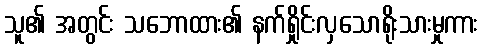
သူ၏ အတွင်း သဘောထား၏ နက်ရှိုင်းလှသောရိုးသားမှုကား